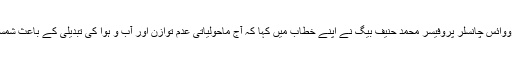
افتتاحی تقریب کے مہمانِ خصوصی اے ایم یو کے پرووائس چانسلر پروفیسر محمد حنیف بیگ نے اپنے خطاب میں کہا کہ آج ماحولیاتی عدم توازن اور آب و ہوا کی تبدیلی کے باعث شمسی توانائی کو اپنانا پہلے سے کہیں زیادہ اہم ہوگیا ہے۔